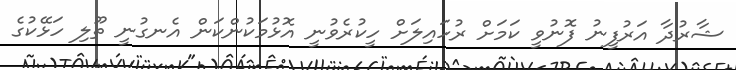
ޝާރުދާ އަރުފީނު ފޮނުވީ ކަމަށް ރުހައިލަށް ހީކުރެވުނީ އޮޅުމަކުންކަން އެނގުނީ ތޫލި ހަޅޭކުގެ